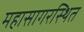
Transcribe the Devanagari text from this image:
महासागरस्थित